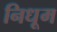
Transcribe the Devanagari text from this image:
निधूम